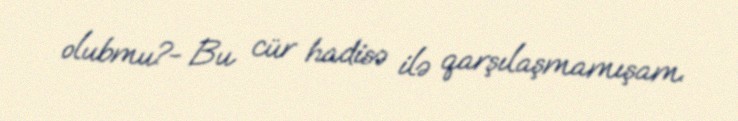
olubmu?- Bu cür hadisə ilə qarşılaşmamışam.